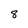
Character: 8